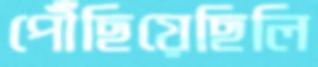
পৌঁছিয়েছিলি